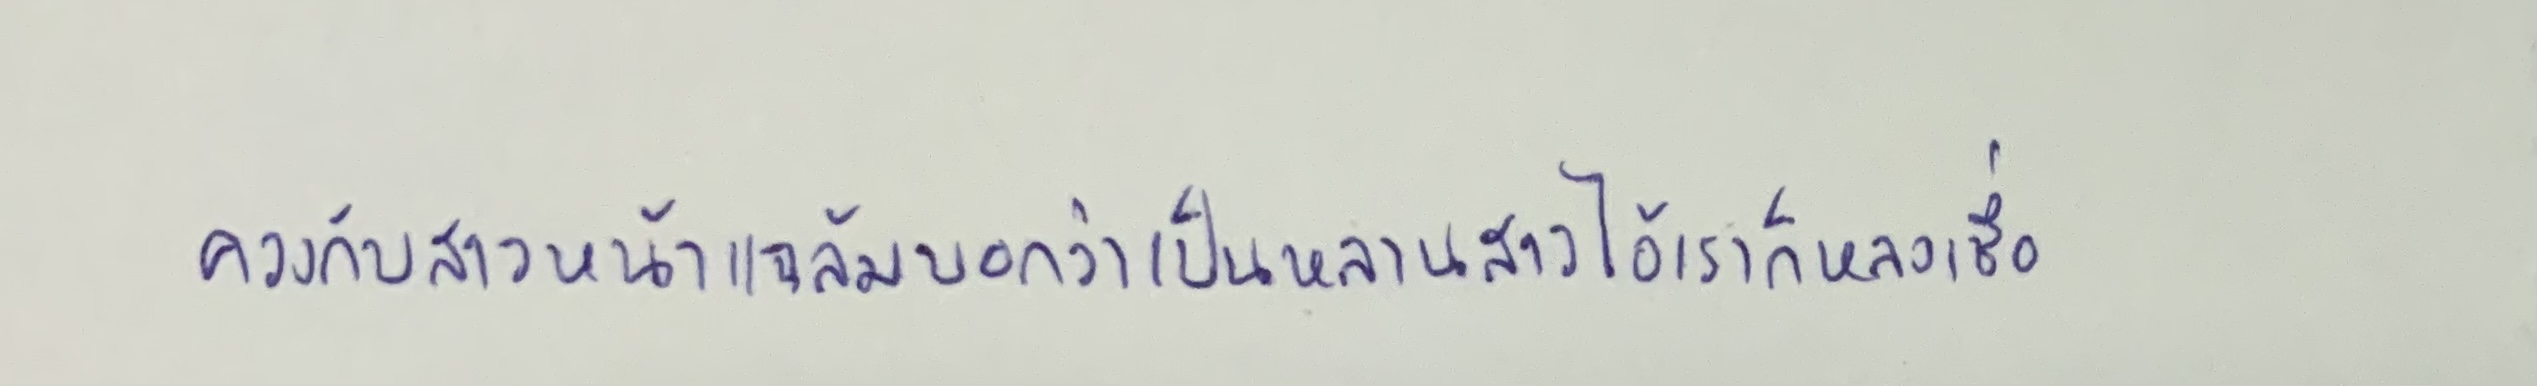
ควงกับสาวหน้าแฉล้มบอกว่าเป็นหลานสาวไอ้เราก็หลงเชื่อ